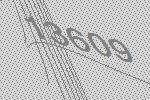
13609